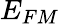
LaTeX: E_{FM}